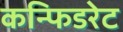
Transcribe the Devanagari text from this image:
कन्फिडरेट